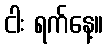
ငါး ရက်နေ့။